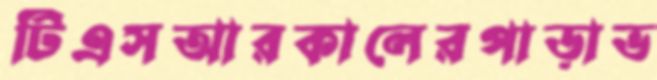
টিএসআরকালেরপাড়াভ